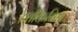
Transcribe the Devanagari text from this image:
प्रतीकविद्या